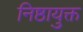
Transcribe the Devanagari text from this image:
निष्ठायुक्त